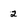
Character: 2